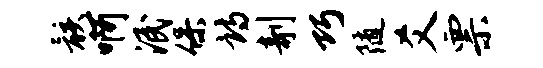
骸啊泯保诗剞巧随爻票